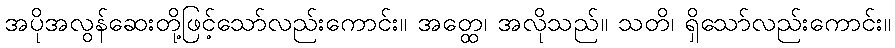
အပိုအလွန်ဆေးတို့ဖြင့်သော်လည်းကောင်း။ အတ္ထေ၊ အလိုသည်။ သတိ၊ ရှိသော်လည်းကောင်း။